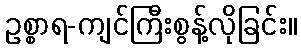
ဥစ္စာရ-ကျင်ကြီးစွန့်လိုခြင်း။